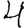
Digit: 4